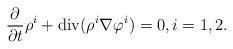
LaTeX: \begin{align*} \frac{\partial }{\partial t} \rho ^i + {\rm div} (\rho^i \nabla \varphi^i ) =0, i=1,2. \end{align*}